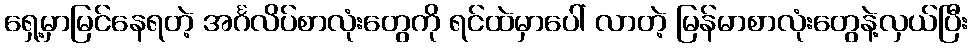
ရှေ့မှာမြင်နေရတဲ့ အင်္ဂလိပ်စာလုံးတွေကို ရင်ထဲမှာပေါ် လာတဲ့ မြန်မာစာလုံးတွေနဲ့လှယ်ပြီး